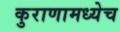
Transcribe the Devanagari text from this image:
कुराणामध्येच